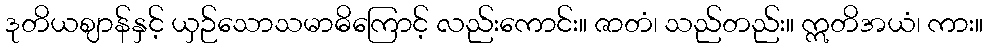
ဒုတိယဈာန်နှင့် ယှဉ်သောသမာဓိကြောင့် လည်းကောင်း။ ဇာတံ၊ သည်တည်း။ ဣတိအယံ၊ ကား။